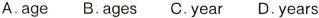
A.age B.ages C.year D.years